Lunatic asylums Madras 1892-1911 - 1892-1911
Year: 1892
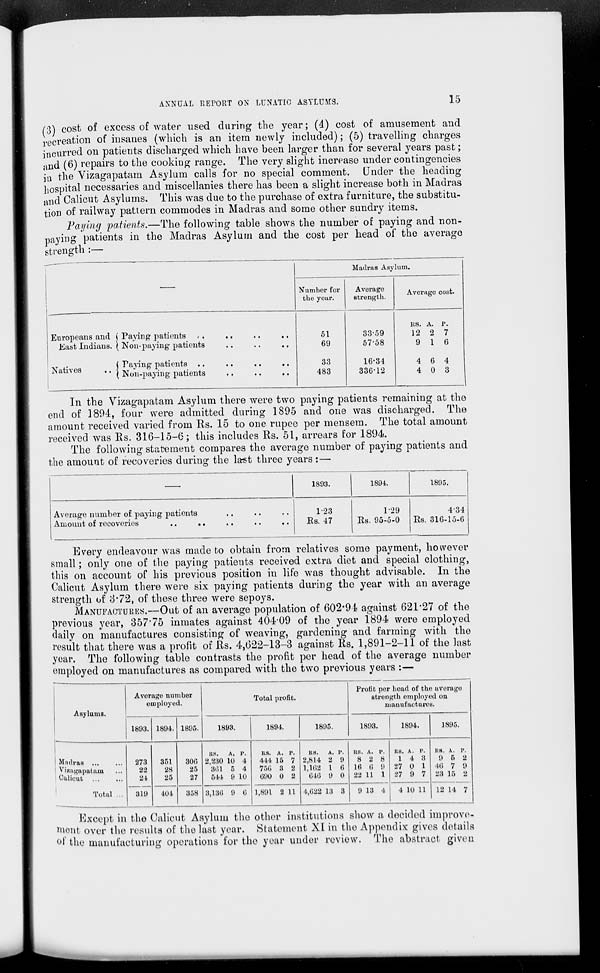
ANNUAL REPORT ON LUNATIC ASYLUMS.
15
(3) cost of excess of water used during the year; (4) cost of amusement and
recreation of insanes (which is an item newly included); (5) travelling charges
incurred on patients discharged which have been larger than for several years past;
and (6) repairs to the cooking range. The very slight increase under contingencies
jn the Vizagapatam Asylum calls for no special comment. Under the heading
hospital necessaries and miscellanies there has been a slight increase both in Madras
and Calicut Asylums. This was due to the purchase of extra furniture, the substitu-
tion of railway pattern commodes in Madras and some other sundry items.
Paying patients.—The following table shows the number of paying and non-
paying patients in the Madras Asylum and the cost per head of the average
strength :—
Madras Asylum.
Number for
the year.
Average
strength.
Average cost.
Europeans and i Paying- patients ,.
,.
East Indians. ( Non-paying- patients
..
..
.,
Natives
i ra 3' in 8' P atients
'' ( Non-paying- patients
51
69
33
483
33-59
57-58
16-34
336-12
Its. A. P.
12 2 7
9 1 6
4 6 4
4 0 3
1
In the Vizagapatam Asylum there were two paying patients remaining at the
end of 3894, four were admitted during 1895 and one was discharged. The
amount received varied from Rs. 15 to one rupee per mensem. The total amount
received was Rs. 316-15-6; this includes Es. 51, arrears for 1894.
The following statement compares the average number of paying patients and
the amount of recoveries during the last three years :—■
1893.
1894.
1895.
Average numher of paying patients
Amount of recoveries
..
..
1-23
Es. 47
1-29
Es. 95-5-0
434
Es. 316-15-6
Every endeavour was made to obtain from relatives some payment, however
small; only one of the paying patients received extra diet and special clothing,
this on account of his previous position in life was thought advisable. In the
Calicut Asylum there were six paying patients during the year with an average
strength of 3*72, of these three were sepoys.
MANUFACTURES.—Out of an average population of 602*94 against 621*27 of the
previous year, 357*75 inmates against 40409 of the year 1894 were employed
daily on manufactures consisting of weaving, gardening and farming with the
result that there was a profit of Rs. 4,622-13-3 against Rs. 1,891-2-11 of the last
year. The following table contrasts the profit per head of the average number
employed on manufactures as compared with the two previous years :—
Asylums.
Average number
employed.
Total profit.
Profit per bead of the averago
strength employed on
manufactures.
1893. 1894. 1895.
1893.
1894.
1895.
1893.
1894.
1895.
Madras
Vizagapatam
Calieut
273
22
24
319
351
28
25
300
25
27
US.
A.
2,230 10
301 5
544 9
p.
4
4
10
US. A. P.
444 15 7
75G 3 2
090 0 2
US.
A.
2,814 2
1,1(52 1
040 9
p.
9
0
0
R8. A. P.
8 2 8
18 0 9
22 11 1
KB. A. P.
14 3
27 0 1
27 9 7
KB. A. P.
9 5 2
40 7 9
23 15 2
Total ...
404
358 3,130 9 0 1,891 2 11 4,022 13 3
9 13 4
4 10 11 12 14 7
Exoept in the Calicut Asylum the other institutions show a decided improve-
ment over the results of the last year. Statement XI in the Appendix gives details
of the manufacturing operations for the year under review. The abstract given